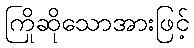
ကြိုဆိုသောအားဖြင့်